Vaccination North-Western Provinces 1866-1877 - 1866-1877
Year: 1866
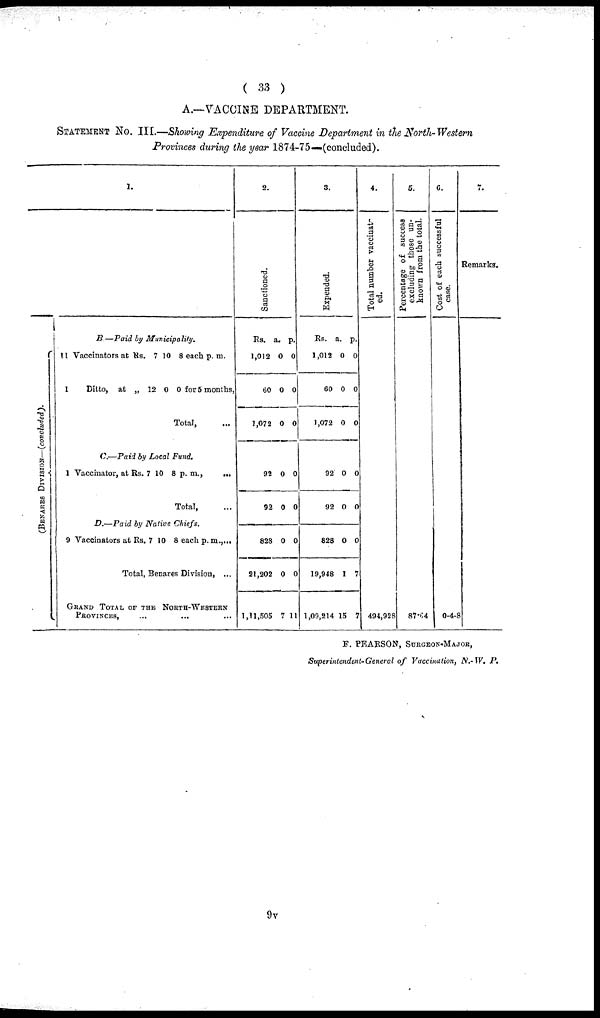
( 33 )
A.—VACCINE DEPARTMENT.
STATEMENT No. III.—Showing Expenditure of Vaccine Department in the North-Western
Provinces during the year 1874-75—(concluded).
(BENARES DIVISION—(concluded).
1.
B—Paid by Municipality.
11 Vaccinators at Rs. 7 10 8 each p. m.
1
Ditto, at „ 12 0 0 for 5 months,
Total, ...
C.—Paid by Local Fund.
1 Vaccinator, at Rs. 7 10 8 p. m.,
...
Total, ...
D.—Paid by Native Chiefs.
9 Vaccinators at Rs. 7 10 8 each p. m., ...
Total, Benares Division, ...
GRAND TOTAL OF THE NORTH-WESTERN
PROVONCES, ... ... ...
2.
Sanctioned.
Rs.
1,012
60
1,072
92
92
828
21,202
1,11,505
a.
0
0
0
0
0
0
0
7
p.
0
0
0
0
0
0
0
11
3.
Expended.
Rs.
1,012
60
1,072
92
92
828
19,948
1,09,214
a.
0
0
0
0
0
0
1
15
p.
0
0
0
0
0
0
7
7
4.
Total number vaccinat-
ed.
494,928
5.
Percentage of success
excluding those un-
known from the total.
87.54
6.
Cost of each successful
case.
0-4-8
7.
Remarks.
F. PEARSON, SURGEON-MAJOR,
Superintendent-General of Vaccination, N.-W. P.
9v